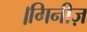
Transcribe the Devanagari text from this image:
।गिनीज़